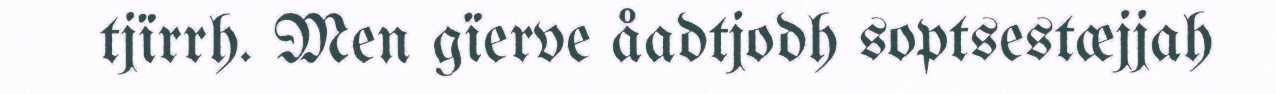
tjïrrh. Men gïerve åadtjodh soptsestæjjah